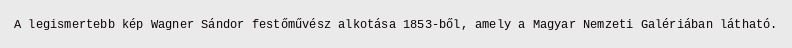
A legismertebb kép Wagner Sándor festőművész alkotása 1853-ből, amely a Magyar Nemzeti Galériában látható.